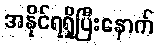
အနိုင်ရရှိပြီးနောက်